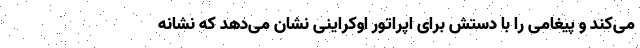
می‌کند و پیغامی را با دستش برای اپراتور اوکراینی نشان می‌دهد که نشانه